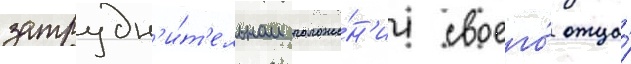
затрудн'и́т'ельном положе́н'ии своего́ отца́